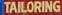
tailoring